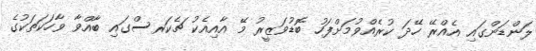
ލަންޑަންގައި އެއްރޭ ހޭދަ ކުރެއްވުމަށްފަހު ބޮޑުވަޒީރު މޭ އާއިއެކު ޗެކަރސްގައި ބާއްވާ ވާހަކަތަކުގެ